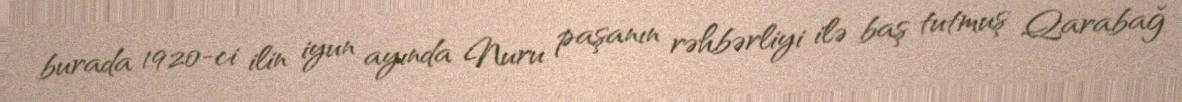
burada 1920-ci ilin iyun ayında Nuru paşanın rəhbərliyi ilə baş tutmuş Qarabağ